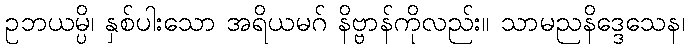
ဥဘယမ္ပိ၊ နှစ်ပါးသော အရိယမဂ် နိဗ္ဗာန်ကိုလည်း။ သာမညနိဒ္ဒေသေန၊